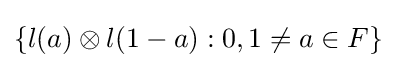
\left\{l(a)\otimes l(1-a):0,1\neq a\in F\right\}